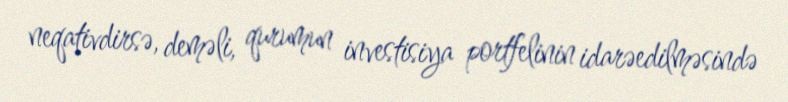
neqativdirsə, deməli, qurumun investisiya portfelinin idarəedilməsində